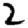
Digit: 2